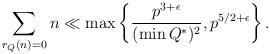
LaTeX: \begin{align*} \sum_{r_{Q}(n) = 0} n \ll \max \left\{ \frac{p^{3+\epsilon}}{(\min Q^{*})^{2}}, p^{5/2 + \epsilon} \right\}.\end{align*}